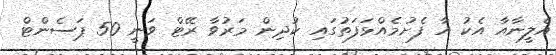
އެލީނާއާ އެކު އާ ފެށުމެއްޅަފަތުގައި ކުދިން މަރުވާ ރޭޓް ވަނީ 50 ޕަސެންޓް